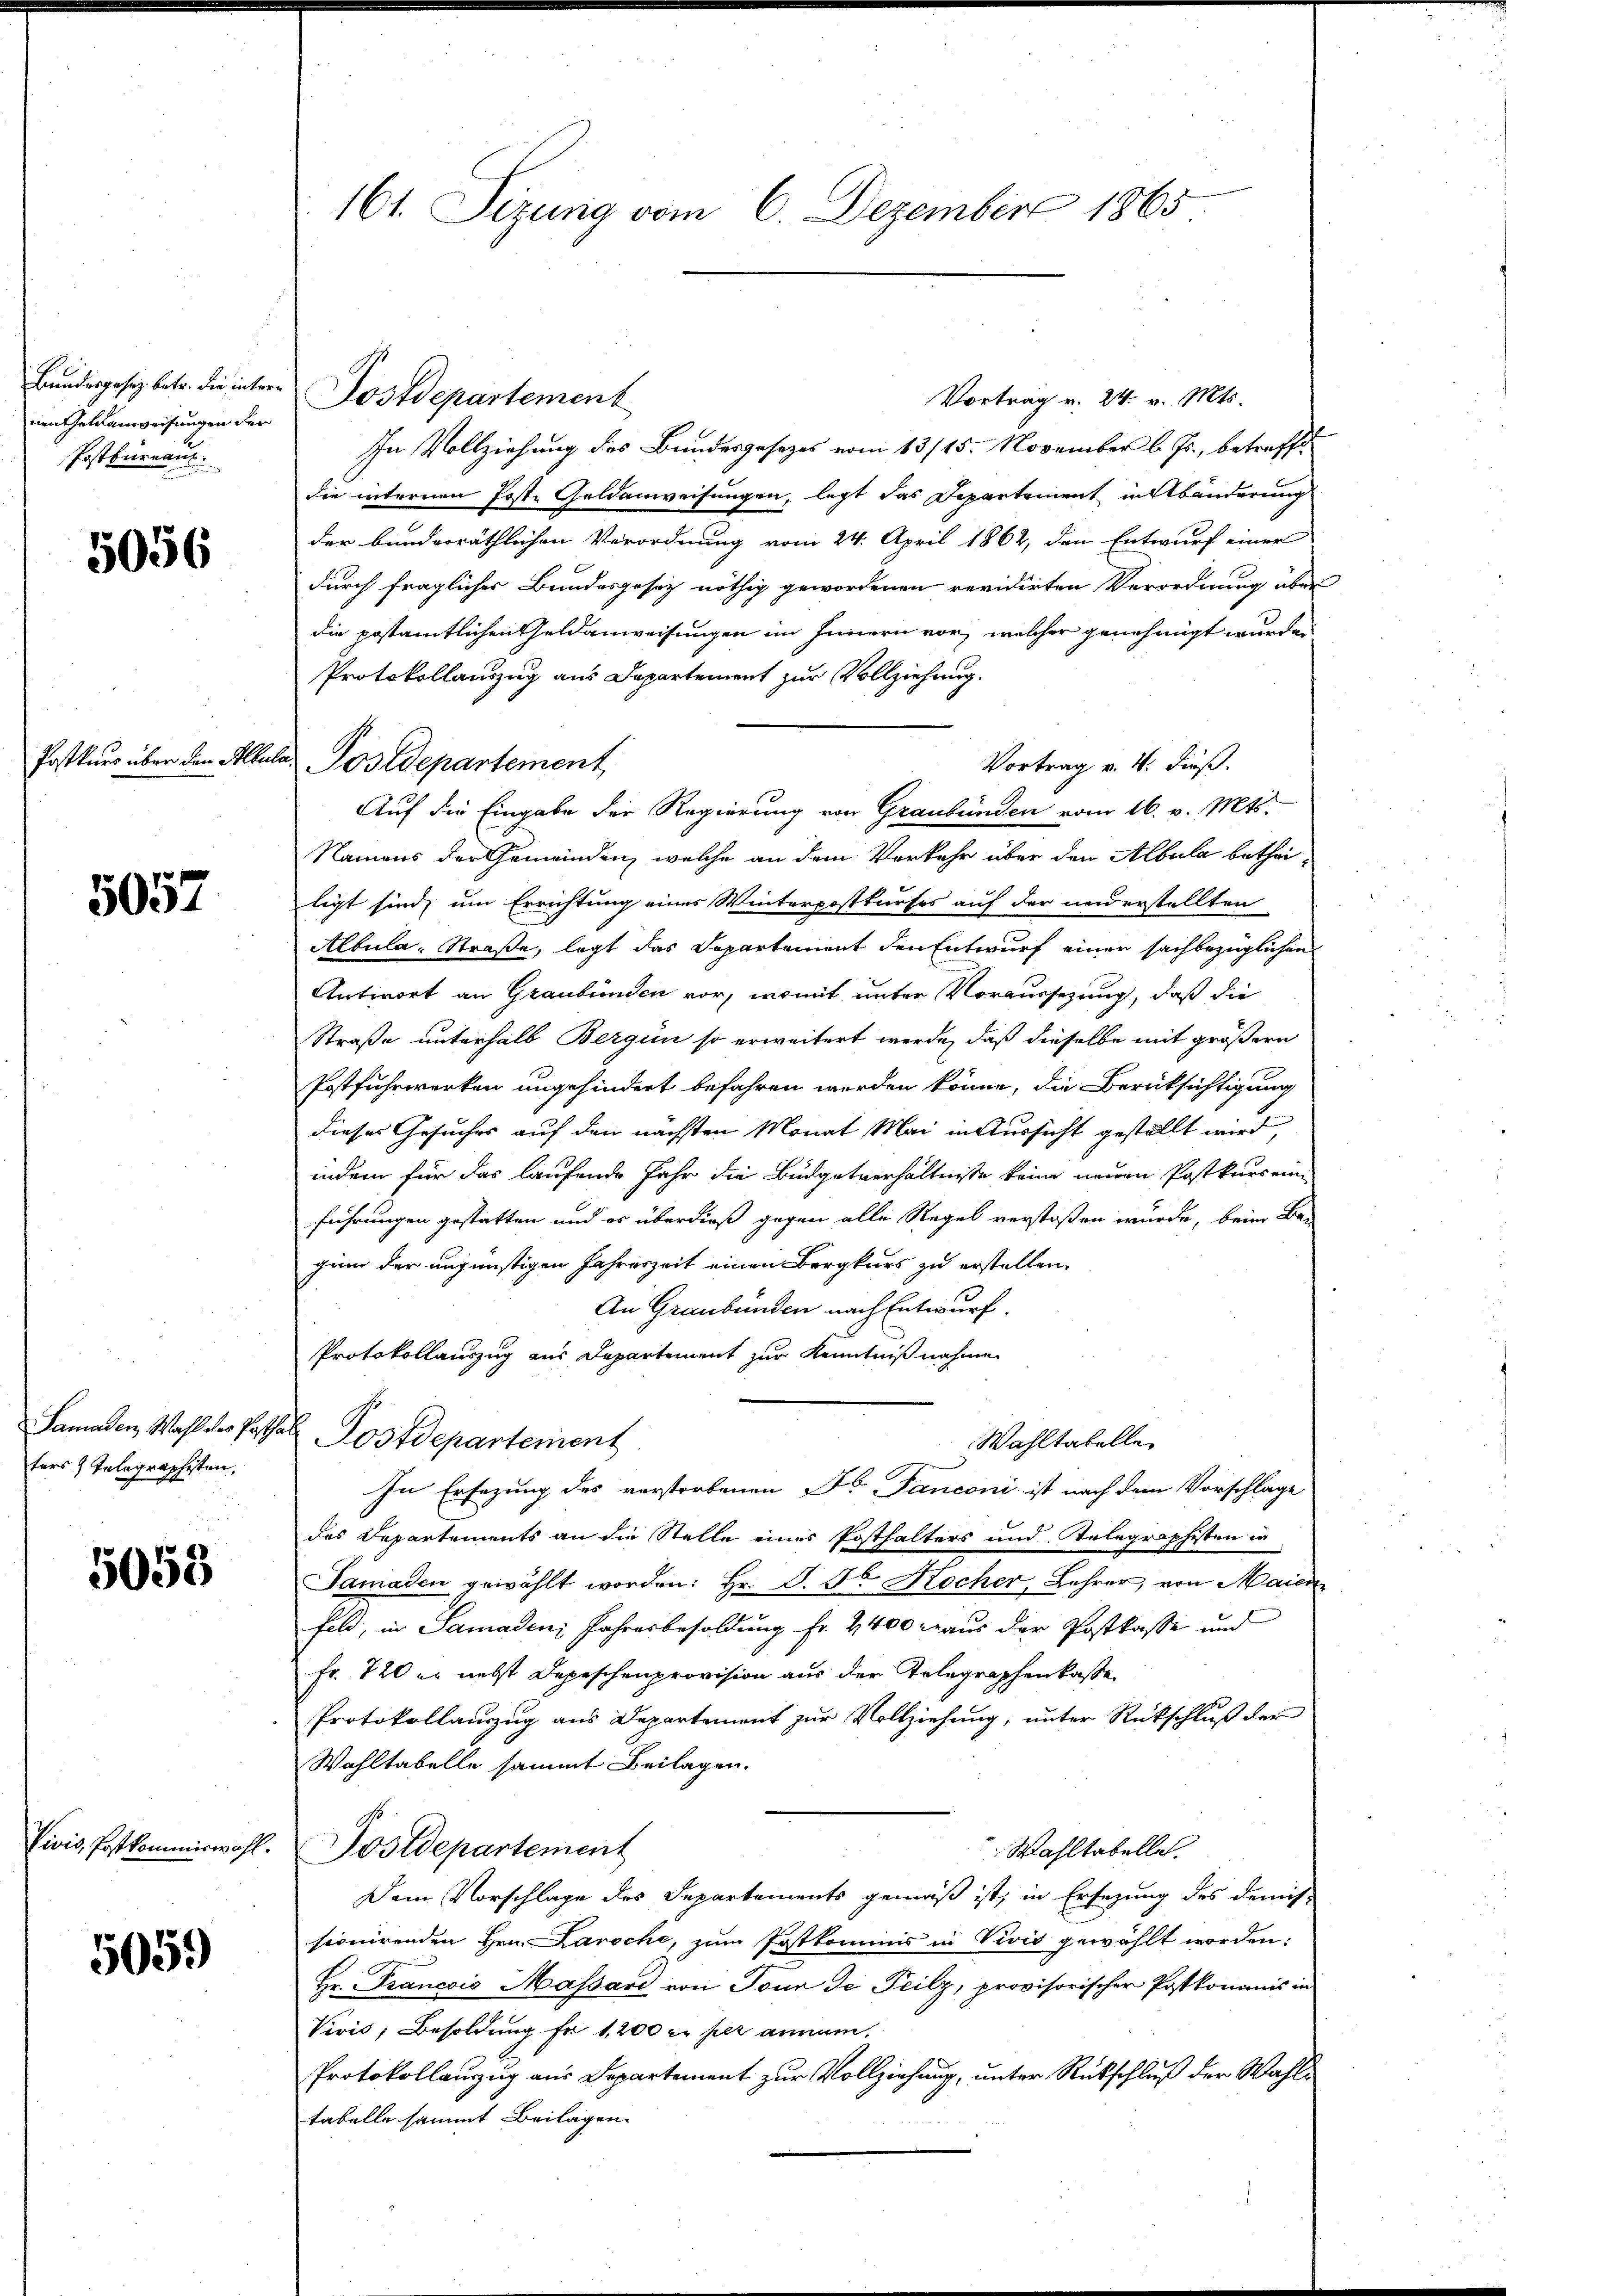
Bundesgesez betr. die inter
nen Gelanweisungen der
Postbüreaus

5056

Postkurs über den Alber

5057

Samaden, Wahl des Past
ters Telegraphesten,

5053

Livis, Postkommiswahl

5059)

161. Sizung vom 6. Dezember 1865

Vortrag v. 24. v. Mts.
In Vollziehung des Bundesgesezes vom 13/15. November l. Js., betreffe
die internen Poste Geldanweisungen, legt das Departement in Abänderung
der banderräthlichen Verordnung vom 24. April 1862, den Entwurf einer
durch fraglicher Bundesgesez nöthig gewordenen revidirten Verordnung über
die postamtlichen Geldanweisungen im Innern vor, welcher genehmigt wurden
Protokollauszug aus Departement zur Vollziehung.
Vortrag v. 4. dieß.
Auf die Eingabe der Regierung von Graubünden vom 16. v. Mts.
Namens der Gemeinden, welche an dem Verkehr über den Albula betheiligt sind, um Errichtung eines Winterpostkurses auf der wederstellten
Albula-Straße, legt das Departement den Entwurf einen sachbezüglichen
Antwort an Graubünden vor, womit unter Voraussezung, daß die
Straße unterhalb Bergen so erweitert werde, daß dieselbe mit größern
Postfuhrwerken ungehindert befahren werden könne, die Berücksichtigung
dieses Gesuches auf den nächsten Monat Mai in Aussicht gestellt wird,
indem für das laufende Jahr die Budgetverhältnisse keine neuen Postkurs ein
führungen gestatten und es überdieß gegen alle Regel verstoßen wurde, beim Be-
ginn der augünstigen Jahreszeit einen Bergkurs zu erstellen
An Graubünden nach Entwurf.
Protokollauszug aus Departement zur Kenntniß nahme
Tol Postdepartement
Wahltatelle
In Ersezung des verstorbenen Dr. Tanconi ist nach dem Vorschlage
des Departements an die Stelle eines Posthalters und Telegraphisten in
Samaden gewählt worden: Hr. D. Se Hocher, Lehrer, von Maien
feld, in Samaden Jahresbesoldung Fr. 2400 aus der Postkasse und
Fr. 720 er nebst Depeschenprovision aus der Telegraphenkasse
Protokollauszug aus Departement zur Vollziehung, unter Rückschluß der
Wahltabelle sammt Beilagen.
Wahltabelle.
Postdepartement
Dem Vorschlage des Separtements gemäß ist, in Ersezung des demis-
sionirenden Hrn. Laroche, zum Postkommnis in Vivis gewählt worden:
Hr. Francois Massard von Tour de Teilz, provisorischer Postkommnis in
Vivis; Besoldung fr 1200 er per annam
Protokollanzug aus Departement zur Vollziehung, unter Rückschluß der Wahltabelle sammt Beilagen.

Postdepartement

la Postdepartement